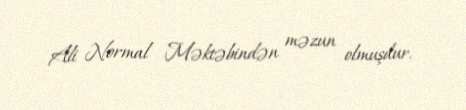
Ali Normal Məktəbindən məzun olmuşdur.